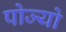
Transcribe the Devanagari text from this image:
पोज्यो